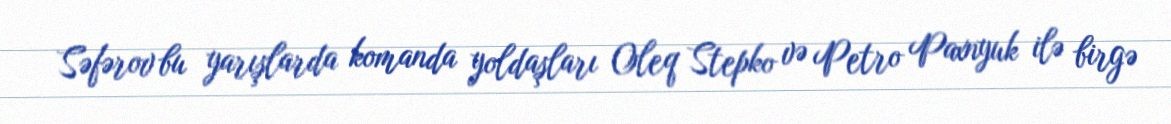
Səfərov bu yarışlarda komanda yoldaşları Oleq Stepko və Petro Paxnyuk ilə birgə